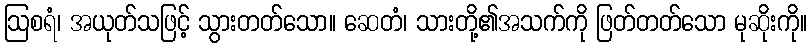
ဩစရံ၊ အယုတ်သဖြင့် သွားတတ်သော။ ဆေတံ၊ သားတို့၏အသက်ကို ဖြတ်တတ်သော မုဆိုးကို။